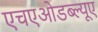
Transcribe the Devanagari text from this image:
एचएओडब्ल्यूए